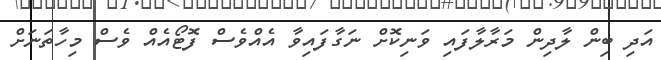
އަދި ބިން ލާދިން މަރާލާފައި ވަނިކޮށް ނަގާފައިވާ އެއްވެސް ފޮޓޯއެއް ވެސް މިހާތަނަށް